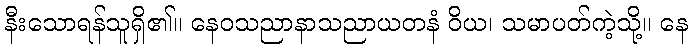
နီးသောရန်သူရှိ၏။ နေဝသညာနာသညာယတနံ ဝိယ၊ သမာပတ်ကဲ့သို့။ နေ